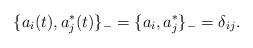
LaTeX: \begin{align*}\{a_i(t),a_j^*(t)\}_-=\{a_i,a_j^*\}_-=\delta_{ij}.\end{align*}